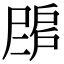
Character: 𢩗